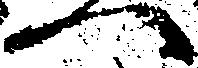
へ